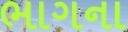
ભાગના